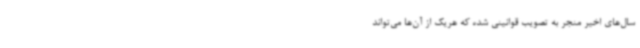
سال‌های اخیر منجر به تصویب قوانینی شده که هریک از آن‌ها می‌تواند